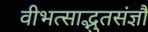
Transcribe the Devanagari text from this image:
वीभत्साद्भुतसंज्ञौ